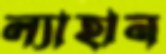
ল্যাহান